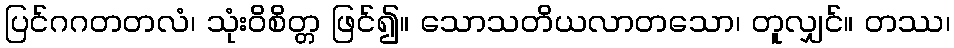
ပြင်ဂဂတတလံ၊ သုံးဝိစိတ္တ ဖြင်၍။ သောသတိယလာတသော၊ တူလျှင်။ တဿ၊